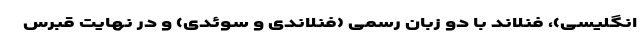
انگلیسی)، فنلاند با دو زبان رسمی (فنلاندی و سوئدی) و در نهایت قبرس